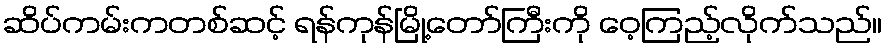
ဆိပ်ကမ်းကတစ်ဆင့် ရန်ကုန်မြို့တော်ကြီးကို ဝေ့ကြည့်လိုက်သည်။